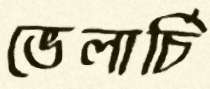
ভেলার্চি